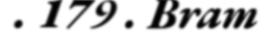
. 179 . Bram